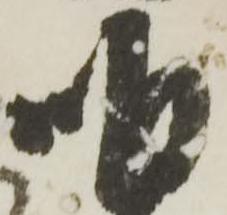
明